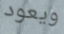
ويعود